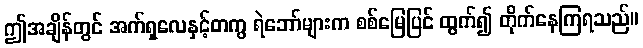
ဤအချိန်တွင် အက်ရှလေနှင့်တကွ ရဲဘော်များက စစ်မြေပြင် ထွက်၍ တိုက်နေကြရသည်။